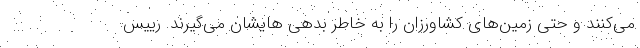
می‌کنند و حتی زمین‌های کشاورزان را به خاطر بدهی هایشان می‌گیرند. رییس